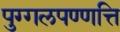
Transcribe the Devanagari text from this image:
पुग्गलपण्णत्ति